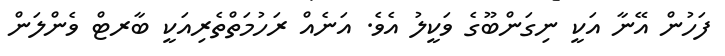
ފަހުން އޭނާ އަކީ ނިގަންބޫގެ ވަކީލު އެވެ. އަނެއް ރަހުމަތްތެރިއަކީ ބާރޓް ވެންލަން